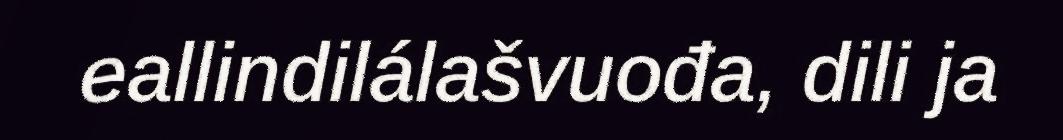
eallindilálašvuođa, dili ja